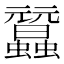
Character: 𧕜